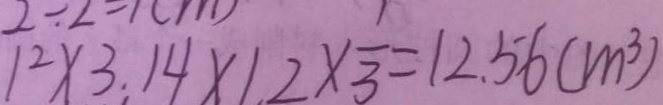
1 ^ { 2 } \times 3 . 1 4 \times 1 . 2 \times \frac { 1 } { 3 } = 1 2 . 5 6 ( m ^ { 3 } )